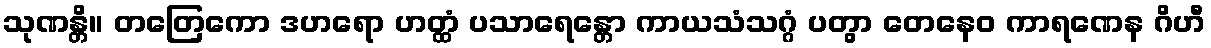
သုဏန္တိ။ တတြေကော ဒဟရော ဟတ္ထံ ပသာရေန္တော ကာယသံသဂ္ဂံ ပတွာ တေနေဝ ကာရဏေန ဂိဟီ